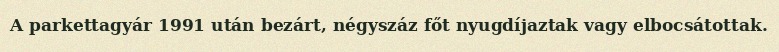
A parkettagyár 1991 után bezárt, négyszáz főt nyugdíjaztak vagy elbocsátottak.